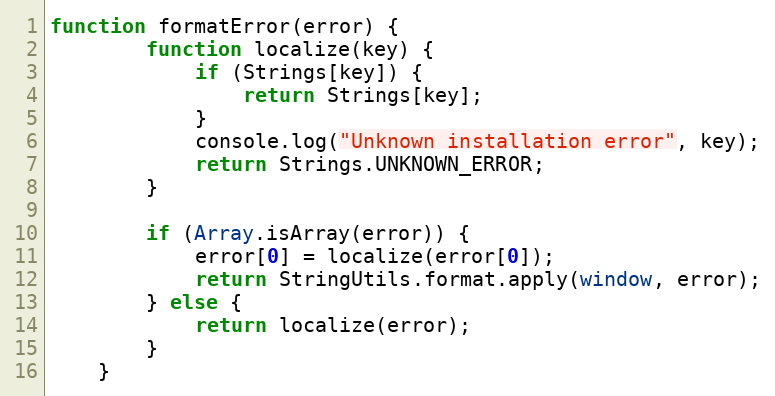
Language: JavaScript
function formatError(error) {
        function localize(key) {
            if (Strings[key]) {
                return Strings[key];
            }
            console.log("Unknown installation error", key);
            return Strings.UNKNOWN_ERROR;
        }

        if (Array.isArray(error)) {
            error[0] = localize(error[0]);
            return StringUtils.format.apply(window, error);
        } else {
            return localize(error);
        }
    }